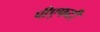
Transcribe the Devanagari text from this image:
पीएफटी